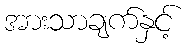
အားသာချက်နှင့်